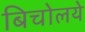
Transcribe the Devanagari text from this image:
बिचोलये